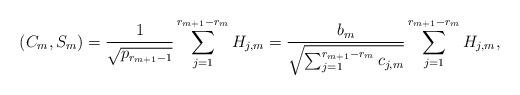
LaTeX: \begin{align*}(C_m,S_m)&=\frac{1}{\sqrt{p_{r_{m+1}-1}}}\sum_{j=1}^{r_{m+1}-r_m}H_{j,m}=\frac{b_m}{\sqrt{\sum_{j=1}^{r_{m+1}-r_m}c_{j,m}}}\sum_{j=1}^{r_{m+1}-r_m}H_{j,m},\end{align*}